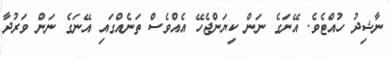
ނާޝިދު ހުއްޓެވެ. އޭނަގެ ނަން ކިޔަންޖެހޭ އެއްވެސް ތަނެއްގައި އޭނަގެ ނަން ވަރުދާ